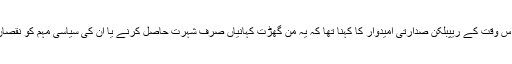
انھیں مسترد کرتے ہوئے اس وقت کے ریپبلکن صدارتی امیدوار کا کہنا تھا کہ یہ من گھڑت کہانیاں صرف شہرت حاصل کرنے یا ان کی سیاسی مہم کو نقصان پہنچانے کی کوشش ہے۔